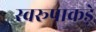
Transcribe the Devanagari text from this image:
स्वरूपाकड़े